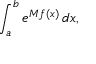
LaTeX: \int _ { a } ^ { b } e ^ { M f ( x ) } \, d x ,